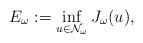
LaTeX: \begin{align*}E_{\omega}:=\inf_{u\in\mathcal{N}_{\omega}}J_{\omega}(u),\end{align*}